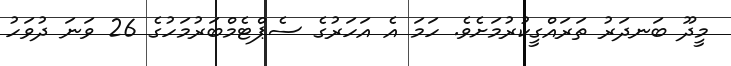
މީދޫ ބަނދަރު ތަރައްގީކުރުމަށެވެ. ހަމަ އެ އަހަރުގެ ސެޕްޓެމްބަރުމަހުގެ 26 ވަނަ ދުވަހު